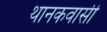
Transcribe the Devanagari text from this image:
थानकवासी